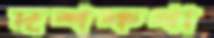
দশকথা